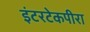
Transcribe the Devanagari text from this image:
इंटरटेकपीरा